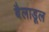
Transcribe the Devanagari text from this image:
बैलाडूल